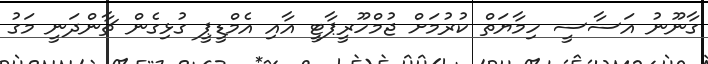
ގާނޫނު އަސާސީ ހިމާޔަތް ކުރުމަށް ޖުމްހޫރީޕާޓީ އާއި އެމްޑީޕީ ގުޅިގެން ޗާންދަނީ މަގު